Annual report of the Imperial Bacteriological Laboratory, Muktesar
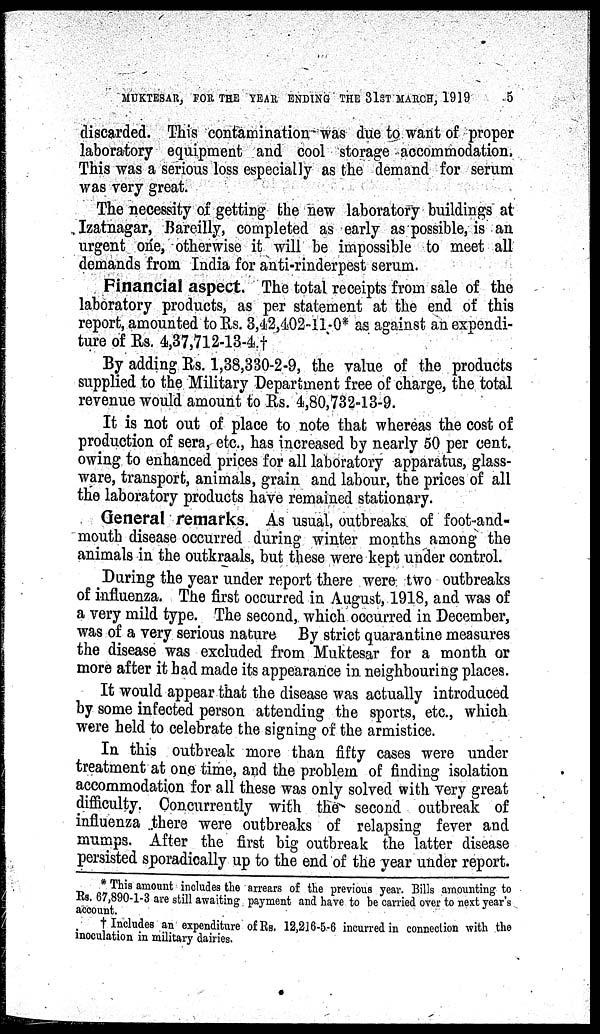
MUKTESAR, FOR THE YEAR ENDING THE 31ST MARCH, 1919
5
discarded. This contamination was due to want of proper
laboratory equipment and cool storage accommodation.
This was a serious loss especially as the demand for serum
was very great.
The necessity of getting the new laboratory buildings at
Izatnagar, Bareilly, completed as early as possible, is an
urgent one, otherwise it will be impossible to meet all
demands from India for anti-rinderpest serum.
Financial aspect. The total receipts from sale of the
laboratory products, as per statement at the end of this
report, amounted to Rs. 3,42,402-11-0* as against an expendi-
ture of Rs. 4,37,712-13-4.†
By adding Rs. 1,38,330-2-9, the value of the products
supplied to the Military Department free of charge, the total
revenue would amount to Rs. 4,80,732-13-9.
It is not out of place to note that whereas the cost of
production of sera, etc., has increased by nearly 50 per cent.
owing to enhanced prices for all laboratory apparatus, glass-
ware, transport, animals, grain and labour, the prices of all
the laboratory products have remained stationary.
General remarks. As usual, outbreaks of foot and-
mouth disease occurred during winter months among the
animals in the outkraals, but these were kept under control.
During the year under report there were two outbreaks
of influenza. The first occurred in August, 1918, and was of
a very mild type. The second, which occurred in December,
was of a very serious nature By strict quarantine measures
the disease was excluded from Muktesar for a month or
more after it had made its appearance in neighbouring places.
It would appear that the disease was actually introduced
by some infected person attending the sports, etc., which
were held to celebrate the signing of the armistice.
In this outbreak more than fifty cases were under
treatment at one time, and the problem of finding isolation
accommodation for all these was only solved with very great
difficulty. Concurrently with the second outbreak of
influenza there were outbreaks of relapsing fever and
mumps. After the first big outbreak the latter disease
persisted sporadically up to the end of the year under report.
* This amount includes the arrears of the previous year. Bills amounting to
Rs. 67,890-1-3 are still awaiting payment and have to be carried over to next year's
account.
† Includes an expenditure of Rs. 12,216-5-6 incurred in connection with the
inoculation in military dairies.